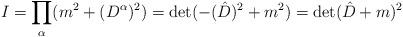
LaTeX: \begin{align*}I= \prod_{\alpha}(m^2+(D^{\alpha})^2)= \det(-(\hat{D})^2+m^2)= \det( \hat{D}+m)^2 \end{align*}